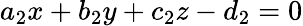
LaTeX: a_{2}x+b_{2}y+c_{2}z-d_{2}=0